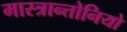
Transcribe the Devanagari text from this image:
मास्त्रान्तोनियो